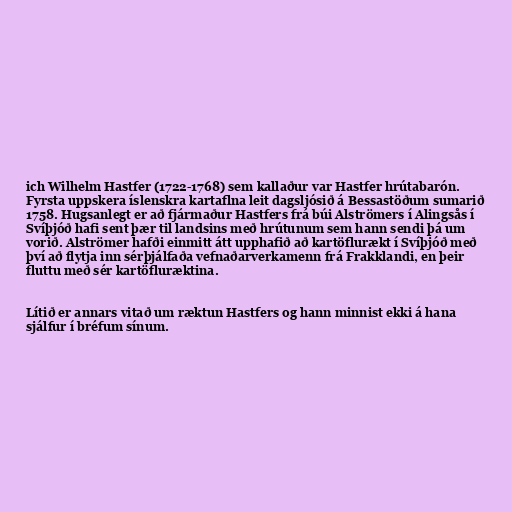
ich Wilhelm Hastfer (1722-1768) sem kallaður var Hastfer hrútabarón.
Fyrsta uppskera íslenskra kartaflna leit dagsljósið á Bessastöðum sumarið
1758. Hugsanlegt er að fjármaður Hastfers frá búi Alströmers í Alingsås í
Svíþjóð hafi sent þær til landsins með hrútunum sem hann sendi þá um
vorið. Alströmer hafði einmitt átt upphafið að kartöflurækt í Svíþjóð með
því að flytja inn sérþjálfaða vefnaðarverkamenn frá Frakklandi, en þeir
fluttu með sér kartöfluræktina.

Lítið er annars vitað um ræktun Hastfers og hann minnist ekki á hana
sjálfur í bréfum sínum.